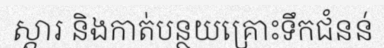
ស្តារ និងកាត់បន្ថយគ្រោះទឹកជំនន់